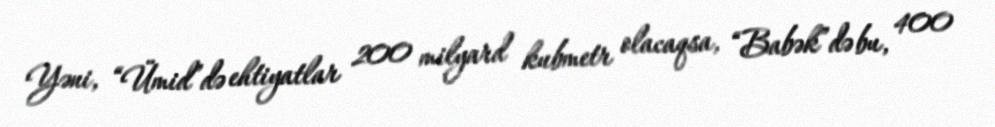
Yəni, “Ümid”də ehtiyatlar 200 milyard kubmetr olacaqsa, “Babək”də bu, 400